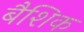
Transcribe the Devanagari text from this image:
बैशिक